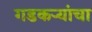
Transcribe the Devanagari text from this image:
गडकऱ्यांचा